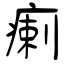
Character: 瘌